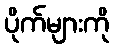
ပိုက်များကို